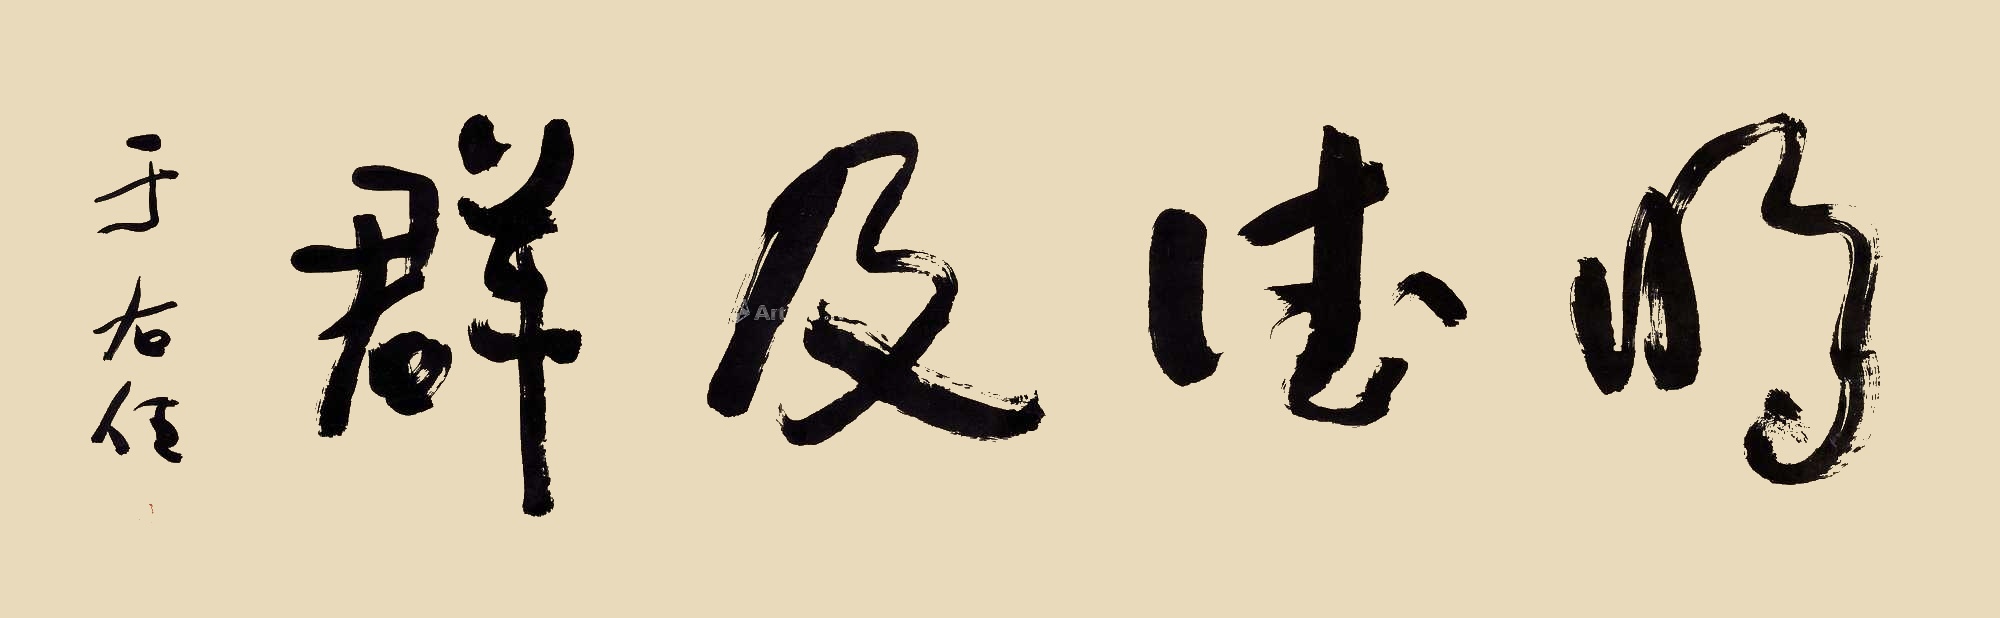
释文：明德及群于右任